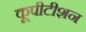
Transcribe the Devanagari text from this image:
कूपीटीशन